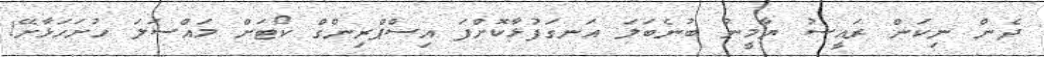
ދެން ނިކަން ރައީސު ޔާމީނު ބުނެބަލަ އަނގަފުޅާކޮށްފަ އިސްޕްރިންގް ކޯޓަށް މައްސަލަ ހުށަހަޅާށޭ!